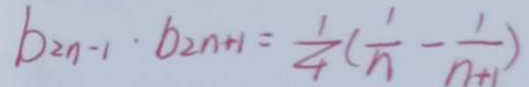
b _ { 2 n - 1 } \cdot b _ { 2 n + 1 } = \frac { 1 } { 4 } ( \frac { 1 } { n } - \frac { 1 } { n + 1 } )